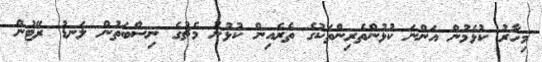
މިހާރު ކުޅެމުން އަންނަ ކުޅުންތެރިންތަކުގެ ތެރެއިން ކުޅުނު މެޗުގެ ނިސްބަތުން ލަނޑު ރޭޓުން